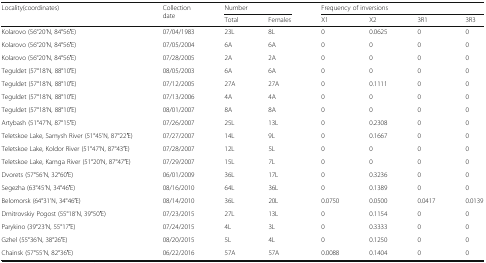
<table><thead><tr><td rowspan="2"><b>Locality(coordinates)</b></td><td rowspan="2"><b>Collection date</b></td><td colspan="2"><b>Number</b></td><td colspan="4"><b>Frequency of inversions</b></td></tr><tr><td><b>Total</b></td><td><b>Females</b></td><td><b>X1</b></td><td><b>X2</b></td><td><b>3R1</b></td><td><b>3R3</b></td></tr></thead><tbody><tr><td>Kolarovo (56°20’N, 84°56′E)</td><td>07/04/1983</td><td>23L</td><td>8L</td><td>0</td><td>0.0625</td><td>0</td><td>0</td></tr><tr><td>Kolarovo (56°20’N, 84°56′E)</td><td>07/05/2004</td><td>6A</td><td>6A</td><td>0</td><td>0</td><td>0</td><td>0</td></tr><tr><td>Kolarovo (56°20’N, 84°56′E)</td><td>07/28/2005</td><td>2A</td><td>2A</td><td>0</td><td>0</td><td>0</td><td>0</td></tr><tr><td>Teguldet (57°18’N, 88°10′E)</td><td>08/05/2003</td><td>6A</td><td>6A</td><td>0</td><td>0</td><td>0</td><td>0</td></tr><tr><td>Teguldet (57°18’N, 88°10′E)</td><td>07/12/2005</td><td>27A</td><td>27A</td><td>0</td><td>0.1111</td><td>0</td><td>0</td></tr><tr><td>Teguldet (57°18’N, 88°10′E)</td><td>07/13/2006</td><td>4A</td><td>4A</td><td>0</td><td>0</td><td>0</td><td>0</td></tr><tr><td>Teguldet (57°18’N, 88°10′E)</td><td>08/01/2007</td><td>8A</td><td>8A</td><td>0</td><td>0</td><td>0</td><td>0</td></tr><tr><td>Artybash (51°47’N, 87°15′E)</td><td>07/26/2007</td><td>25L</td><td>13L</td><td>0</td><td>0.2308</td><td>0</td><td>0</td></tr><tr><td>Teletskoe Lake, Samysh River (51°45’N, 87°22′E)</td><td>07/27/2007</td><td>14L</td><td>9L</td><td>0</td><td>0.1667</td><td>0</td><td>0</td></tr><tr><td>Teletskoe Lake, Koldor River (51°47’N, 87°43′E)</td><td>07/28/2007</td><td>12L</td><td>5L</td><td>0</td><td>0</td><td>0</td><td>0</td></tr><tr><td>Teletskoe Lake, Kamga River (51°20’N, 87°47′E)</td><td>07/29/2007</td><td>15L</td><td>7L</td><td>0</td><td>0</td><td>0</td><td>0</td></tr><tr><td>Dvorets (57°56’N, 32°60′E)</td><td>06/01/2009</td><td>36L</td><td>17L</td><td>0</td><td>0.3236</td><td>0</td><td>0</td></tr><tr><td>Segezha (63°45’N, 34°46′E)</td><td>08/16/2010</td><td>64L</td><td>36L</td><td>0</td><td>0.1389</td><td>0</td><td>0</td></tr><tr><td>Belomorsk (64°31’N, 34°46′E)</td><td>08/14/2010</td><td>36L</td><td>20L</td><td>0.0750</td><td>0.0500</td><td>0.0417</td><td>0.0139</td></tr><tr><td>Dmitrovskiy Pogost (55°18’N, 39°50′E)</td><td>07/23/2015</td><td>27L</td><td>13L</td><td>0</td><td>0.1154</td><td>0</td><td>0</td></tr><tr><td>Parykino (39°23’N, 55°17′E)</td><td>07/24/2015</td><td>4L</td><td>3L</td><td>0</td><td>0.3333</td><td>0</td><td>0</td></tr><tr><td>Gzhel (55°36’N, 38°26′E)</td><td>08/20/2015</td><td>5L</td><td>4L</td><td>0</td><td>0.1250</td><td>0</td><td>0</td></tr><tr><td>Chainsk (57°55’N, 82°36′E)</td><td>06/22/2016</td><td>57A</td><td>57A</td><td>0.0088</td><td>0.1404</td><td>0</td><td>0</td></tr></tbody></table>